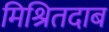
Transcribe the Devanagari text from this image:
मिश्रितदाब